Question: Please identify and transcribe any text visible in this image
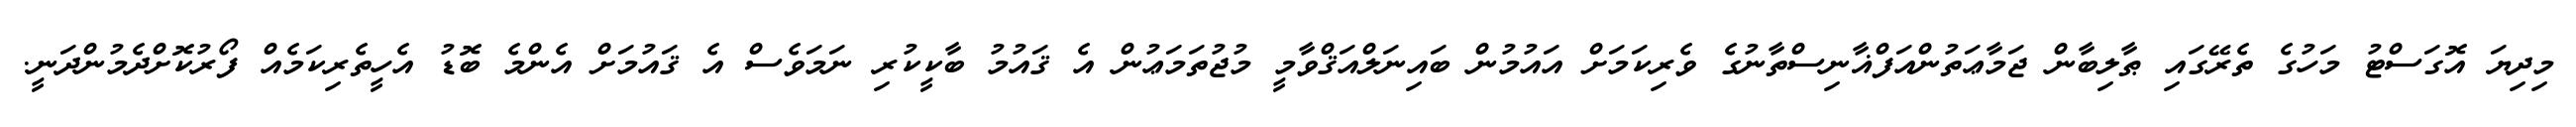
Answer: މިދިޔަ އޮގަސްޓު މަހުގެ ތެރޭގައި ޠާލިބާން ޖަމާޢަތުންއަފްޣާނިސްތާނުގެ ވެރިކަމަށް އައުމުން ބައިނަލްއަޤްވާމީ މުޖުތަމަޢުން އެ ޤައުމު ބާކީކުރި ނަމަވެސް އެ ޤައުމަށް އެންމެ ބޮޑު އެހީތެރިކަމެއް ފޯރުކޮށްދެމުންދަނީ.